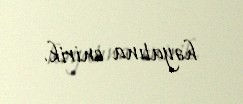
həyatına enirik.